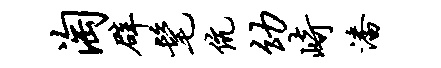
淘辟髦伉幼崎潘